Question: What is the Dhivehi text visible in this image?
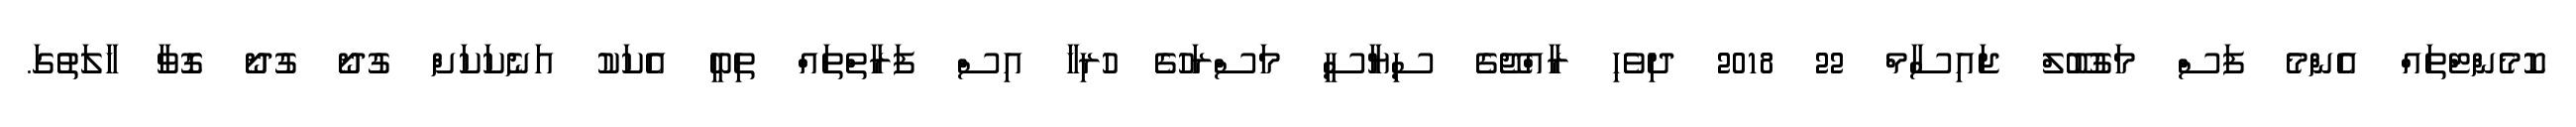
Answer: ކޮމެންޓްތައް އެންމެ ފަސް މަގުބޫލް ޖައިސާމް 22 2018 ދިވެހި ރާއްޖޭގެ ސިޔާސީ މަސްރަހުގެ ހުރިހާ އިސް ފަރާތްތައް ތިބީ އެކަކު އަނެކަކަށް ގުދޯ ގުދޯ ގޮވާ ހާލަތުގަ.